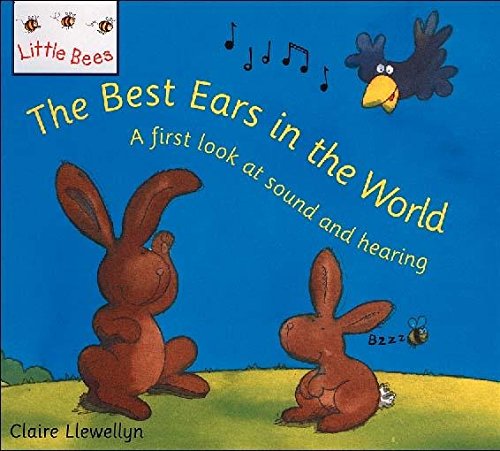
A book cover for The Best Ears in the World: A First Look at Sound and Hearing (Little Bees); Claire Llewellyn; Children's Books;